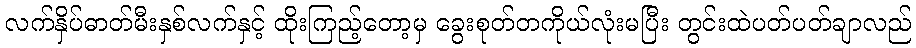
လက်နှိပ်ဓာတ်မီးနှစ်လက်နှင့် ထိုးကြည့်တော့မှ ခွေးစုတ်တကိုယ်လုံးမပြီး တွင်းထဲပတ်ပတ်ချာလည်